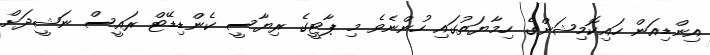
އިންޑިއަން ހައިކޮމިޝަންގެ ހިމާޔަތުގައި ހުންނެވެ މި ޕާޓީގެ ރިޔާސީ ކެންޑިޑޭޓް ރައީސް ނަޝީދަށް